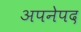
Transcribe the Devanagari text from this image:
अपनेपद